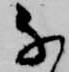
な